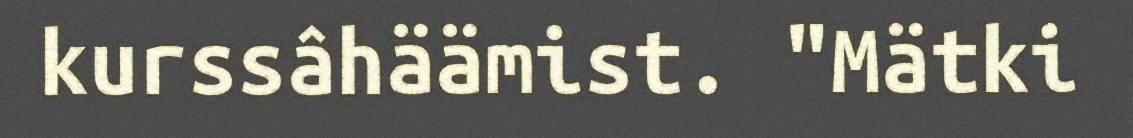
kurssâhäämist. "Mätki